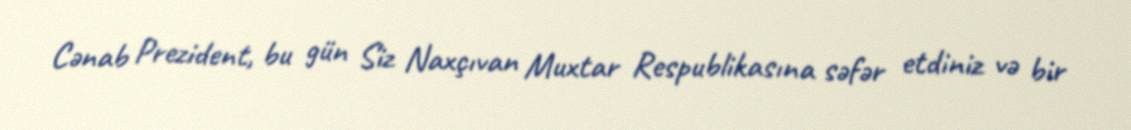
Cənab Prezident, bu gün Siz Naxçıvan Muxtar Respublikasına səfər etdiniz və bir